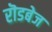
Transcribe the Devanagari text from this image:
रॊडबेज